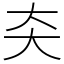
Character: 㚐